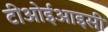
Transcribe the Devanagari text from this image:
टीओईआइसी